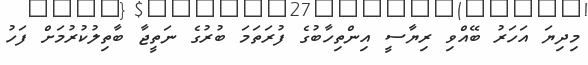
މިދިޔަ އަހަރު ބޭއްވި ރިޔާސީ އިންތިހާބުގެ ފުރަތަމަ ބުރުގެ ނަތީޖާ ބާތިލުކުރުމަށް ފަހު